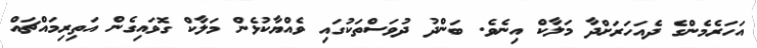
އަހަރެމެންގެ ދެއަހަރަށްދާ މަލާކް އިނެވެ. ބަންދު ދުވަސްތަކުގައި ވެއްޔާކުޅެން މަލާކް ގޮވައިގެން އަތިރިމައްޗައް